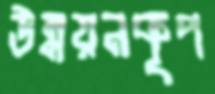
উন্নয়নকূপ